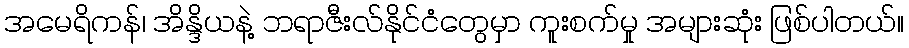
အမေရိကန်၊ အိန္ဒိယနဲ့ ဘရာဇီးလ်နိုင်ငံတွေမှာ ကူးစက်မှု အများဆုံး ဖြစ်ပါတယ်။